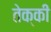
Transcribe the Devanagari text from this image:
तेक्की